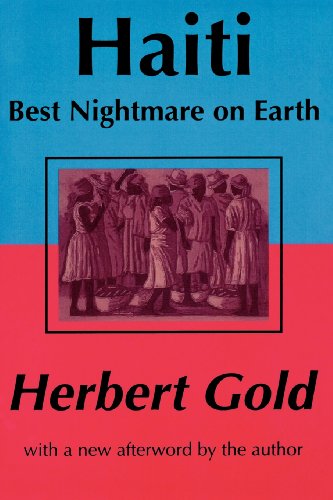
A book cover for Haiti: Best Nightmare on Earth; Herbert Gold; Travel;